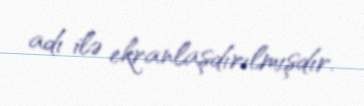
adı ilə ekranlaşdırılmışdır.